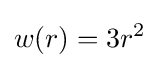
w(r)=3r^{2}